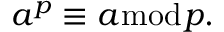
a ^ { p } \equiv a { \bmod { p } } .